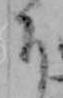
下